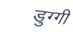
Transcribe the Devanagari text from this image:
डुग्गी